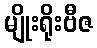
မျိုးရိုးဗီဇ